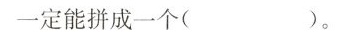
一定能拼成一个( )。